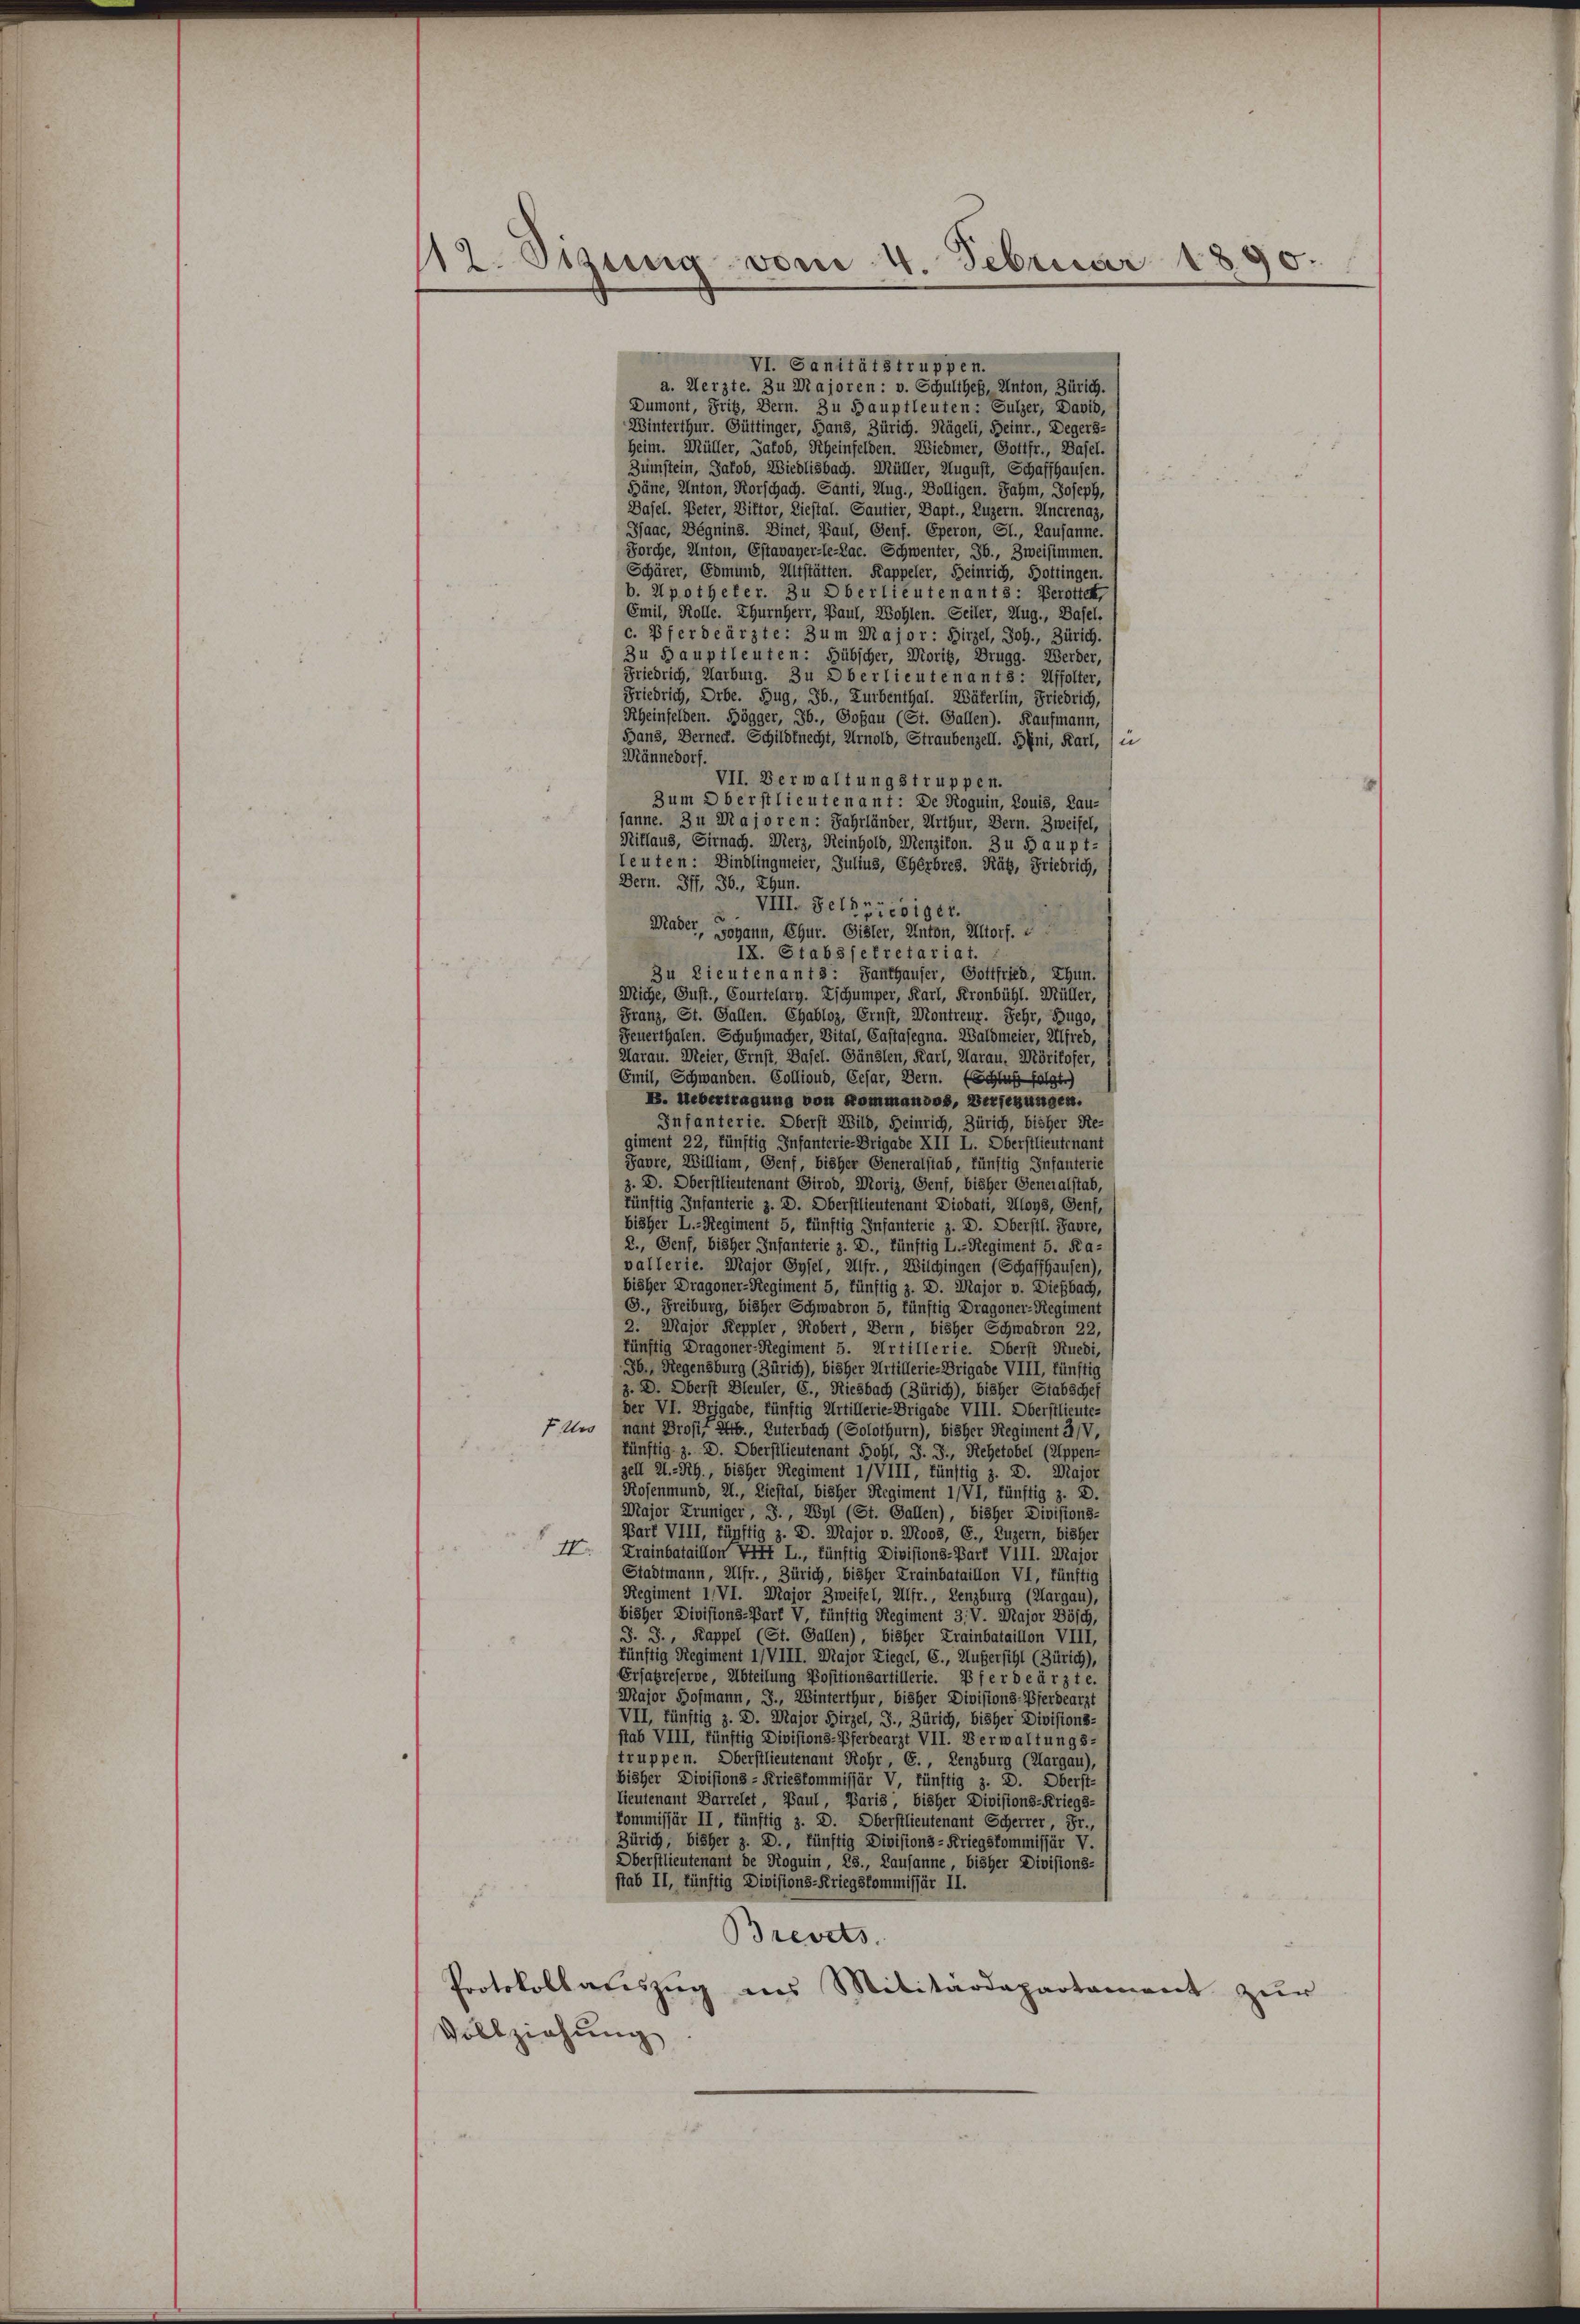
11. Ottung vom 4. Februar 1890.

VI. Sanitätstruppen.
a. Aerzte. Zu Majoren : v. Schultheß, Anton, Zürich.
Dumont, Fris, Bern. Zu Hauptleuten: Sulzer, David,
Winterthur. Güttinger, Hans, Zürich. Nägeli, Heinr., Degers-
Heim. Müller, Jakob, Rheinfelden. Wiedmer, Gottfr., Basel.
Zumstein, Jakob, Wiedlisbach. Müller, August, Schaffhausen.
Bäne, Anton, Korschach. Santi, Aug., Bolligen. Jahm, Joseph,
Dasel. Peter, Viktor, Liestal. Sautier, Bapt., Luzern. Uncrenaz,
Isaac, Dégnins. Dinet, Baul, Genf. Eperon, Gl., Lausanne.
Forche, Anton, Estavayer-le-Lac. Schwenter, Jb., Zweisimmen.
Schärer, Edmund, Altstätten. Kappeler, Heinrich, Hottingen.
b. Apotheker. Zu Oberlieutenants: Berotten,
Emil, Rolle. Thurnherr, Paul, Wohlen. Seiler, Aug., Basel.
c. Pferdeärzte: Zum Major : Hirzel, Joh., Zürich.
Zu Hauptleuten: Hübscher, Morit, Drugg. Werder,
Friedrich, Karburg. Zu D berlieutenants: Affolter,
Friedrich, Orbe. Zug, Jb., Zurbenthal. Wäberlin, Friedrich,
Rheinfelden. Högger, Jb., Goßau (St. Gallen). Kaufmann,
Bans, Berneck. Schildknecht, Arnold, Straubenzell. Beni, Karl, un
Männedorf.
VII. Verwaltungstruppen.
Bum Oberstlieutenant: De Roguin, Louis, Lau-
sanne. 3 u Dtajoren: Jahrländer, Arthur, Bern. Zweifel,
Niklaus, Sirnach. Merz, Reinhold, Menzikon. Zu Haupt-
leuten: Bindlingmeier, Julius, Cherbres. Rät, Friedrich,
Bern. Pff, 36, Thun.
VIII. Selfriediget.
Mader
Johann, Ehur. Gisler, Anton, Altorf. E
IX. Stab 3 sekretariat.
Zu Lieutenant 2: Santhauser, Gottfried, Thun.
Miche, Gust., Courtelary. Zschumper, Karl, Kronbühl. Müller,
Franz, St. Gallen. Chabloz, Ernst, Montreur. Jehr, Zugo,
Feuerthalen. Schuhmacher, Vital, Castasegna. Waldmeier, Alfred,
Aarau. Meier, Ernst, Basel. Gänslen, Karl, Aarau, Wörikofer,
Emil, Schwanden. Collioud, Cesar, Bern. (Schluß folgt.)
B. Uebertragung von Kommandos, Verlegungen.
Infanterie. Oberst Wild, Heinrich, Zürich, bisher Re-
giment 22, künftig Infanterie-Brigade XII L. Oberstlieutenant
Favre, William, Genf, bisher Generalstab, künftig Infanterie
z. D. Oberstlieutenant Girod, Moriz, Genf, bisher Generalstab,
künftig Infanterie z. D. Oberstlieutenant Diodati, Aloys, Genf,
bisher L.-Regiment 5, künftig Infanterie z. D. Oberstl. Favre,
2., Genf, bisher Infanterie z. D., fünftig L.-Regiment 5. Ra-
vallerie. Major Oyfel, Alfr., Wilchingen (Schaffhausen),
bisher Dragoner-Regiment 5, künftig z. D. Major v. Diesbach,
G., Freiburg, bisher Schwadron 5, künftig Dragoner-Regiment
2. Major Keppler, Kobert, Bern, bisher Schwadron 22,
künftig Dragoner-Regiment 5. Artillerie. Oberst Ruedi,
Jb., Regensburg (Zürich), bisher Artillerie-Brigade VIII, künftig
z. D. Oberst Bleuler, C., Riesbach (Zürich), bisher Stabschef
der VI. Drigade, künftig Artillerie-Brigade VIII. Oberstlieute-
F. Und nant Profit Ab., Luterbach (Solothurn), bisher Regiment 3/V,
künftig z. D. Oberstlieutenant Sohl, S. J., Rehetobel (Appen-
zell A.-Rh., bisher Regiment 1/VIII, fünftig z. B. Major
Rosenmund, Al., Liestal, bisher Regiment 1/VI, fünftig z. B.
Major Kruniger, J., Wyl (St. Gallen), bisher Divisions-
Bart VIII, fünftig z. D. Major v. Moos, C., Luzern, bisher
I Krainbataillon VIII L., fünftig Divisions-Barf VIII. Major
Stadtmann, Alfr., Zürich, bisher Krainbataillon VI, fünftig
Regiment IVI. Major Zweifel, Alfr., Lenzburg (Aargau),
bisher Divisions-Bart V, künftig Regiment 3. V. Major Bösch,
J. J., Kappel (St. Gallen), bisher Krainbataillon VIII,
künftig Regiment 1/VIII. Major Liegel, C., Außersihl (Zürich),
Ersatzreserve, Abteilung Positionsartillerie. Pferdearzte.
Major Hofmann, J., Winterthur, bisher Divisions-Pferdearzt
VII, fünftig z. D. Major Hirzel, J., Zürich, bisher Divisions-
stab VIII, fünftig Divisions-Pferdearzt VII. Verwaltungs-
truppen. Oberstlieutenant Rohr, E., Lenzburg (Aargau),
bisher Divisions-Krieskommissär V, fünftig z. D. Oberst-
lieutenant Barrelet, Baul, Paris, bisher Divisions-Kriegs-
kommissär II, fünftig z. D. Oberstlieutenant Scherrer Fr.,
Zürich, bisher z. D., künftig Divisions-Kriegskommissär V.
Oberstlieutenant de Roguin, 23., Lausanne bisher Divisions-
stab II, fünftig Divisions-Kriegskommissär II.
u
Brevets
Protokollateszug aus Militärdepartament zur
Vollziehung